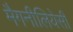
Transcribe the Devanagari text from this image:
मैगनीलियेसी